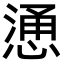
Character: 慂